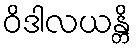
ဝိဒါလယန္တိ